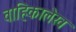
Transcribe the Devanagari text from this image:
वाहिकालेख